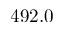
4 9 2 . 0